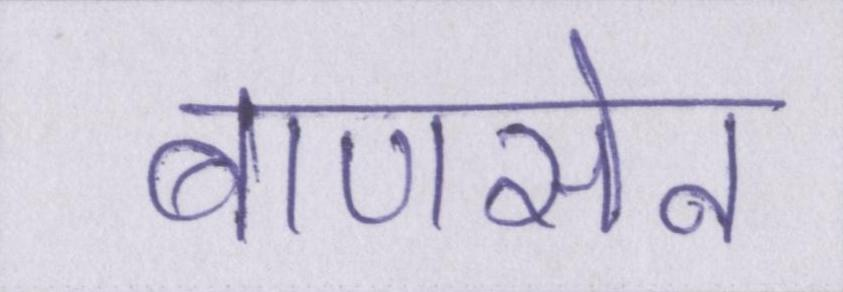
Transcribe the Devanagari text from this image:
बाणसेन